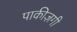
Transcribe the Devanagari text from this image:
पाकीज़गी